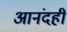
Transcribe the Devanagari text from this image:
आनंदही